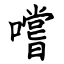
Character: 嚐